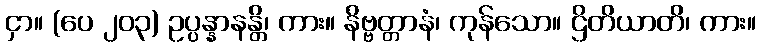
ငှာ။ (ပေ ၂၀၃) ဥပ္ပန္နာနန္တိ၊ ကား။ နိဗ္ဗတ္တာနံ၊ ကုန်သော။ ဌိတိယာတိ၊ ကား။